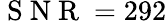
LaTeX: \mathrm{~S~N~R~}=292